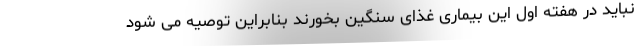
نباید در هفته اول این بیماری غذای سنگین بخورند بنابراین توصیه می شود